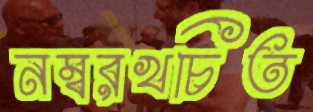
নম্বরখচিত